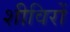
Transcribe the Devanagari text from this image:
शीविरों